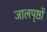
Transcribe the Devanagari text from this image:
जालपृष्ठों